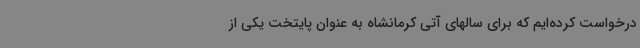
درخواست کرده‌ایم که برای سالهای آتی کرمانشاه به عنوان پایتخت یکی از